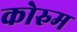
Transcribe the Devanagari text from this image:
कोरुम